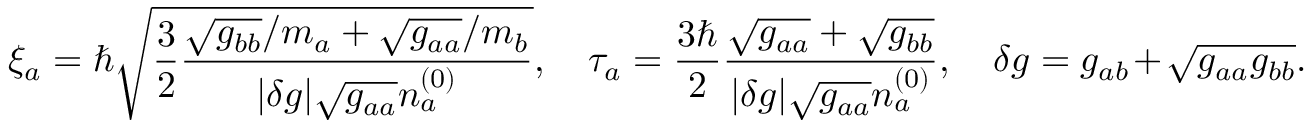
\xi _ { a } = \hbar \sqrt { \frac { 3 } { 2 } \frac { \sqrt { g _ { b b } } / m _ { a } + \sqrt { g _ { a a } } / m _ { b } } { \vert \delta g \vert \sqrt { g _ { a a } } n _ { a } ^ { ( 0 ) } } } , \quad \tau _ { a } = \frac { 3 \hbar } { 2 } \frac { \sqrt { g _ { a a } } + \sqrt { g _ { b b } } } { \vert \delta g \vert \sqrt { g _ { a a } } n _ { a } ^ { ( 0 ) } } , \quad \delta g = g _ { a b } + \sqrt { g _ { a a } g _ { b b } } .